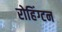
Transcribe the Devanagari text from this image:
रोहिंग्टन